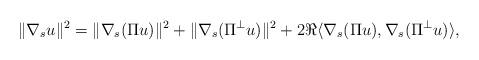
LaTeX: \begin{align*} \| \nabla_s u\|^2=\|\nabla_s(\Pi u)\|^2+\|\nabla_s(\Pi^\perp u)\|^2+2\Re \langle \nabla_s (\Pi u), \nabla_s(\Pi^\perp u)\rangle,\end{align*}